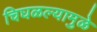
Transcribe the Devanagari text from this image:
चिघळल्यामुळे